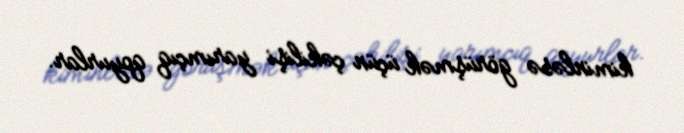
kiminləsə görüşmək üçün çəkilişi yarımçıq qoyurlar.